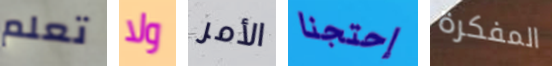
تعلم ولا الأمر إحتجنا المفكرة